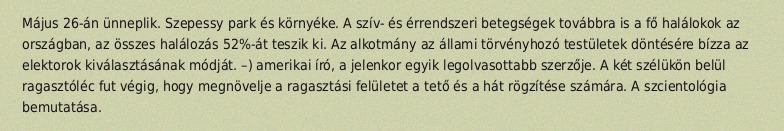
Május 26-án ünneplik. Szepessy park és környéke. A szív- és érrendszeri betegségek továbbra is a fő halálokok az országban, az összes halálozás 52%-át teszik ki. Az alkotmány az állami törvényhozó testületek döntésére bízza az elektorok kiválasztásának módját. –) amerikai író, a jelenkor egyik legolvasottabb szerzője. A két szélükön belül ragasztóléc fut végig, hogy megnövelje a ragasztási felületet a tető és a hát rögzítése számára. A szcientológia bemutatása.